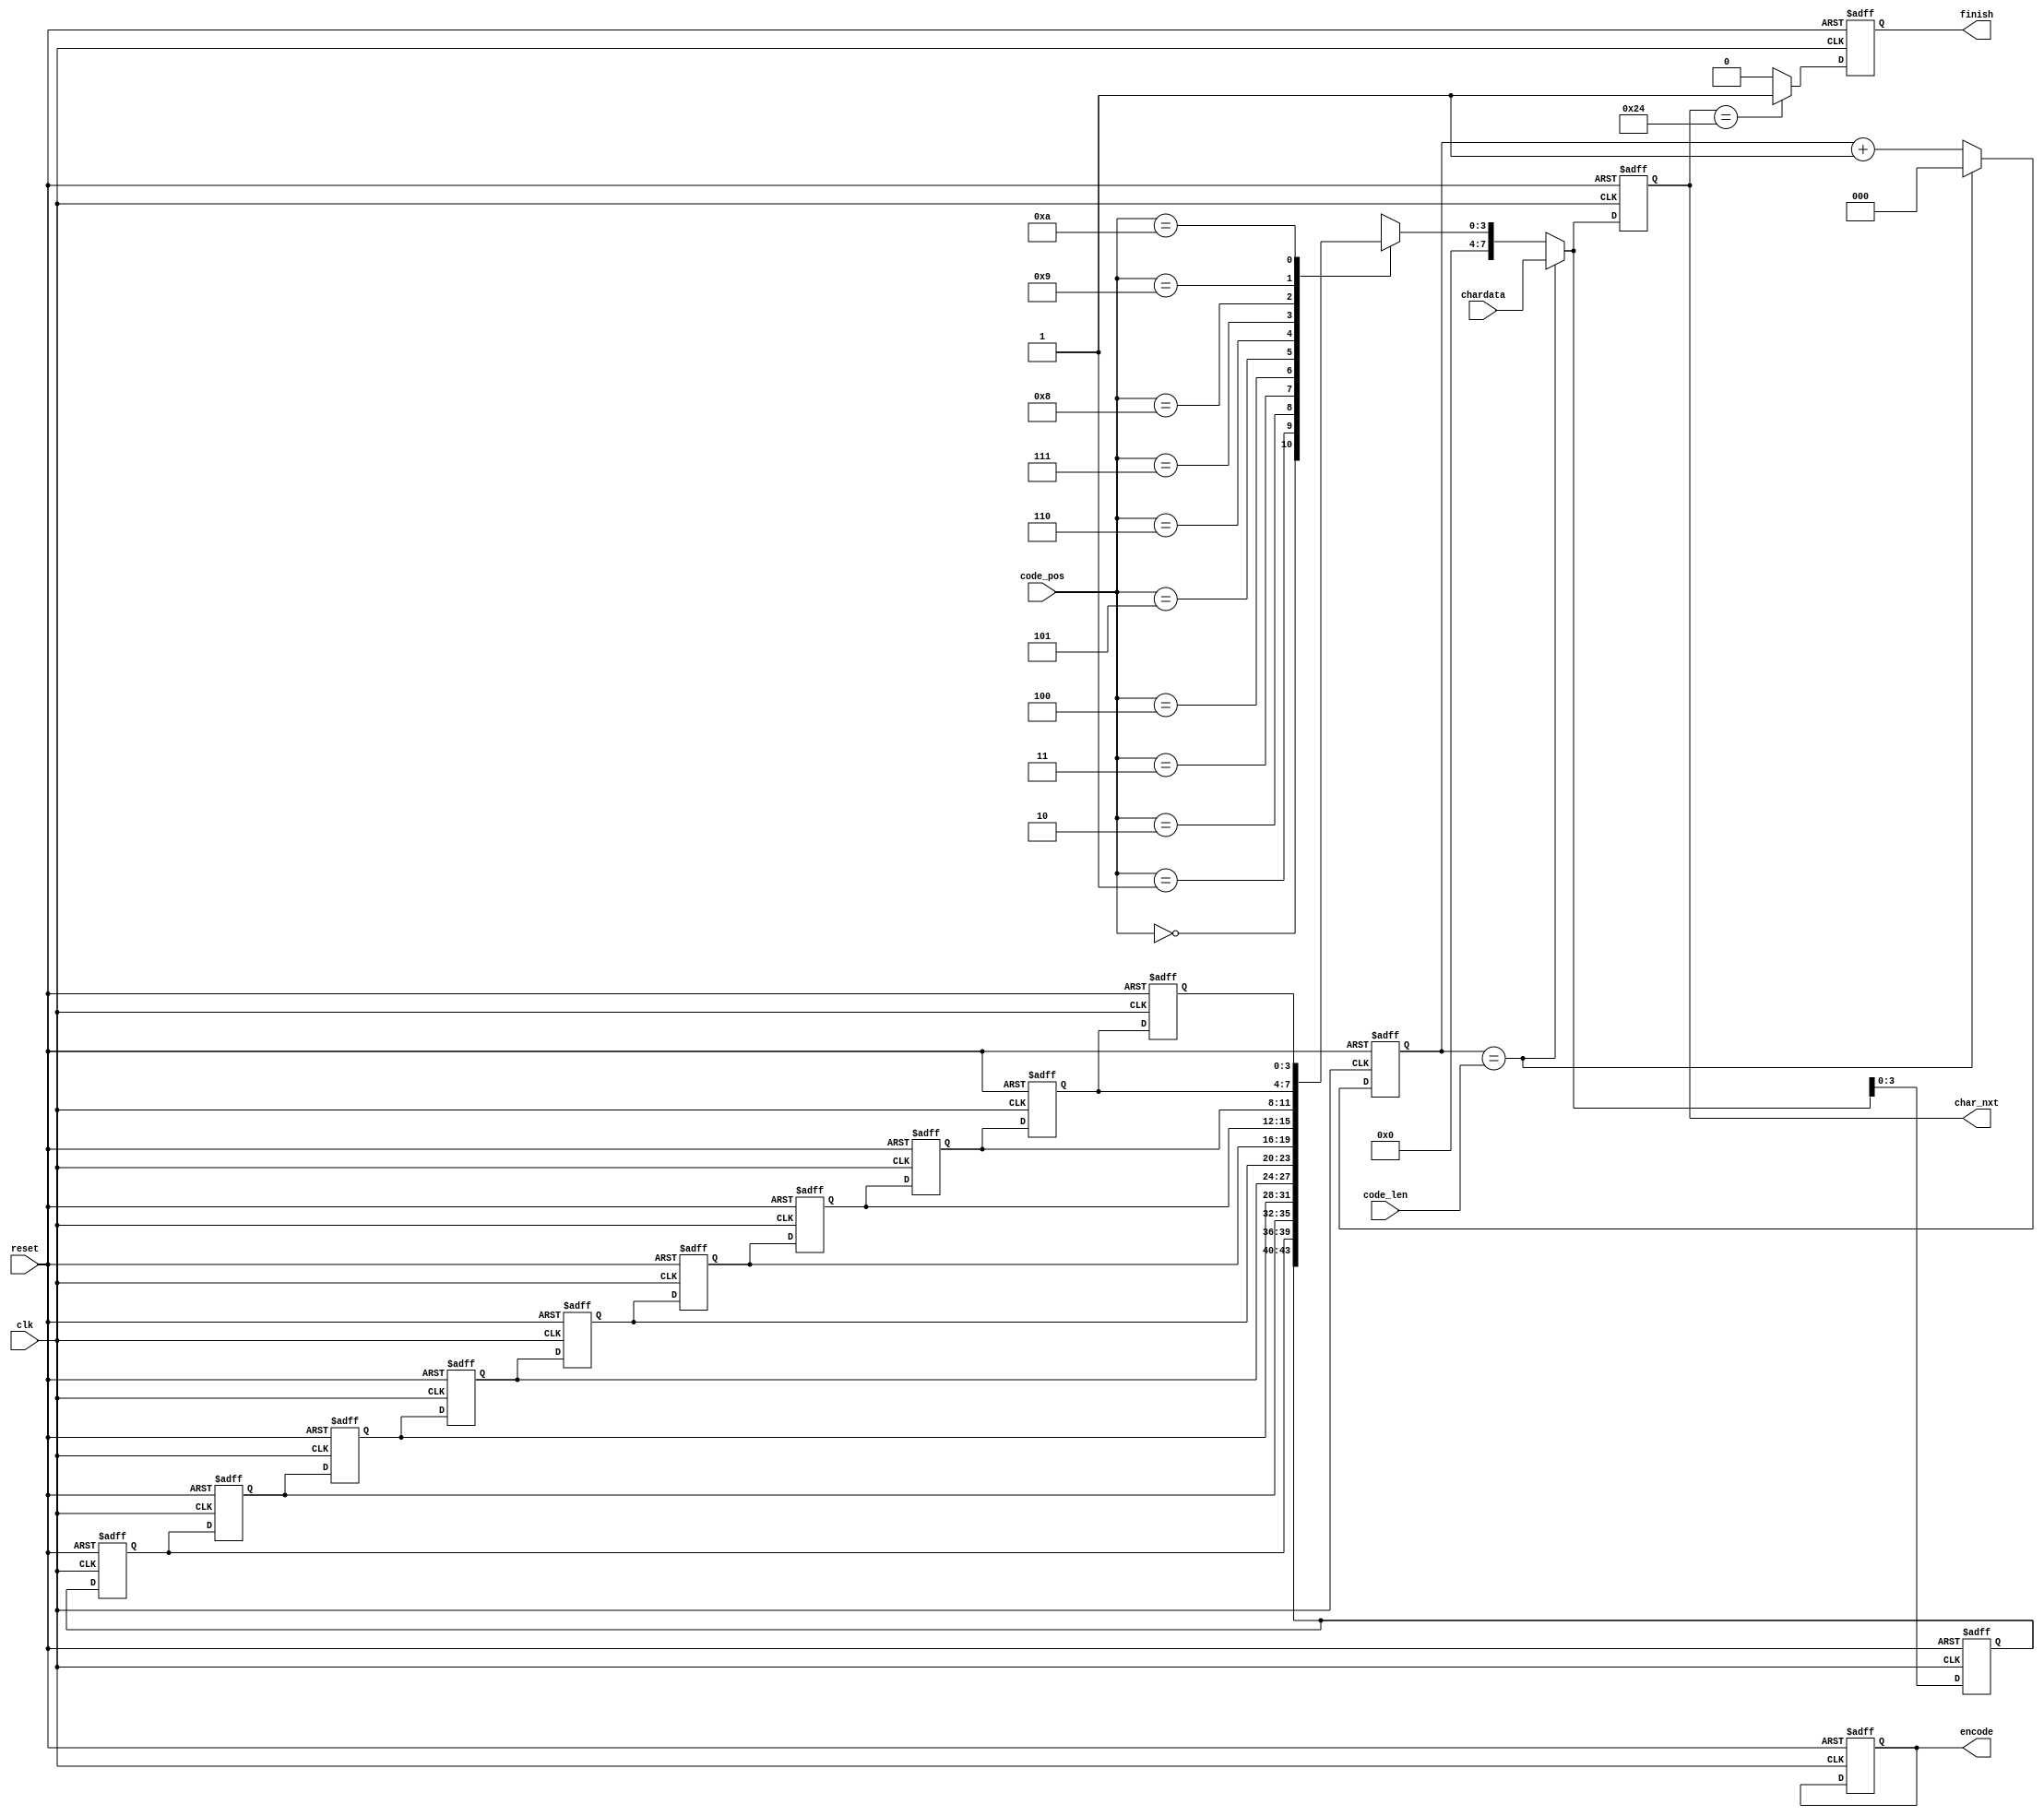
module LZ77_Decoder(clk,reset,code_pos,code_len,chardata,encode,finish,char_nxt);

input 				clk;
input 				reset;
input 		[3:0] 	code_pos;
input 		[2:0] 	code_len;
input 		[7:0] 	chardata;
output  reg			encode;
output  reg			finish;
output 	reg [7:0] 	char_nxt;
/*  code_len  */
reg			[2:0]	output_counter;	
/* search_buffer  = 9 */
reg			[3:0]	search_buffer[10:0];


always @(posedge clk or posedge reset)
begin
	if(reset)
	begin
		finish <= 0;
		output_counter <= 0;
		encode <= 0;
		char_nxt <= 0;
		/* search_buffer  = 9 */
        
		search_buffer[10] <= 0;
		search_buffer[9] <= 0;
		search_buffer[8] <= 0;
		search_buffer[7] <= 0;
		search_buffer[6] <= 0;
		search_buffer[5] <= 0;
		search_buffer[4] <= 0;
		search_buffer[3] <= 0;
		search_buffer[2] <= 0;
		search_buffer[1] <= 0;
		search_buffer[0] <= 0;
	end
	else
	begin
		char_nxt <= (output_counter == code_len) ? chardata : search_buffer[code_pos];
		/* search_buffer  = 9 */
        
		search_buffer[10] <= search_buffer[9];
		search_buffer[9] <= search_buffer[8];
		search_buffer[8] <= search_buffer[7];
		search_buffer[7] <= search_buffer[6];
		search_buffer[6] <= search_buffer[5];
		search_buffer[5] <= search_buffer[4];
		search_buffer[4] <= search_buffer[3];
		search_buffer[3] <= search_buffer[2];
		search_buffer[2] <= search_buffer[1];
		search_buffer[1] <= search_buffer[0];
		//  chardata  search_buffer[code_pos]
		search_buffer[0] <= (output_counter == code_len) ? chardata : search_buffer[code_pos];
		output_counter <= (output_counter == code_len) ? 0 : output_counter + 1;
		finish <= (char_nxt==8'h24) ? 1 : 0;
	end
end




endmodule